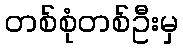
တစ်စုံတစ်ဦးမှ